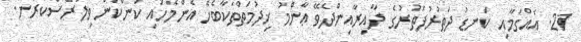
21. އެއްގަމާއި ކަނޑު ދަތުރުފަތުރުގެ ދާއިރާއިންދެވޭ ޢާންމު ޚިދުމަތްތަކާބެހޭ އެންމެހައި ކަންކަން ވިލަރެސްކުރުން.